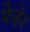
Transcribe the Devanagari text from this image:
फेहेर